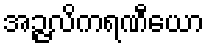
အဉ္ဇလိကရဏီယော